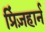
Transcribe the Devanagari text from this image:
प्रिंज़हार्न